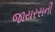
જાયરસની